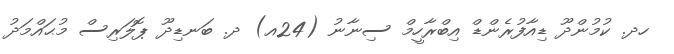
ހދ. ކުމުންދޫ ޑިއާފުރެންޑް އިބްރާހީމް ސިނާނު (24އ) ދ. ބަނޑިދޫ ޕޮލަރިސް މުޙައްމަދު